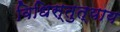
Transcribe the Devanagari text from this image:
विधिस्तुत्याय